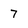
Character: 7